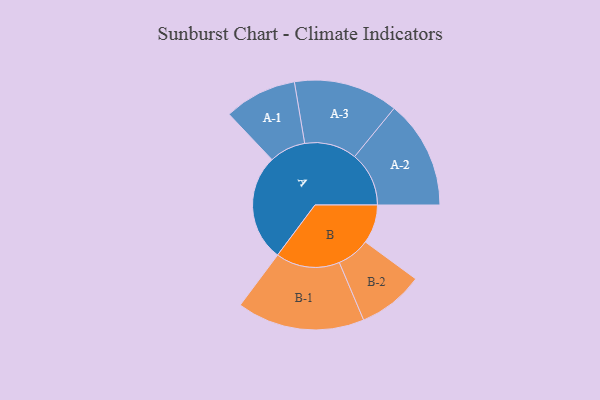
{"axis": {"x": "Segment", "y": "Value"}, "legend": ["", "A", "B"], "data": [{"x": "A", "y": 476, "type": ""}, {"x": "B", "y": 173, "type": ""}, {"x": "A-1", "y": 162, "type": "A"}, {"x": "A-2", "y": 242, "type": "A"}, {"x": "A-3", "y": 233, "type": "A"}, {"x": "B-1", "y": 285, "type": "B"}, {"x": "B-2", "y": 147, "type": "B"}]}